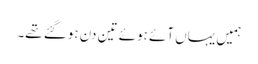
ہمیں یہاں آئے ہوئے تین دن ہوگئے تھے۔